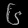
Digit: ၆